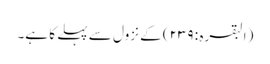
(البقرہ : ٢٣٩) کے نزول سے پہلے کا ہے۔